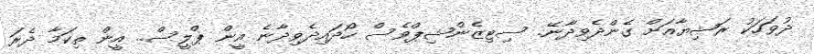
ދުވަހަކު ރަޝިޔާއަށް ގެންދެވިދާނޭ. ސިޓިޒެންޝިޕްވެސް ހޯދައިދެވިދާނެ އީން ޕްލީސް.. އީން ތިކަމާ ދެރަ